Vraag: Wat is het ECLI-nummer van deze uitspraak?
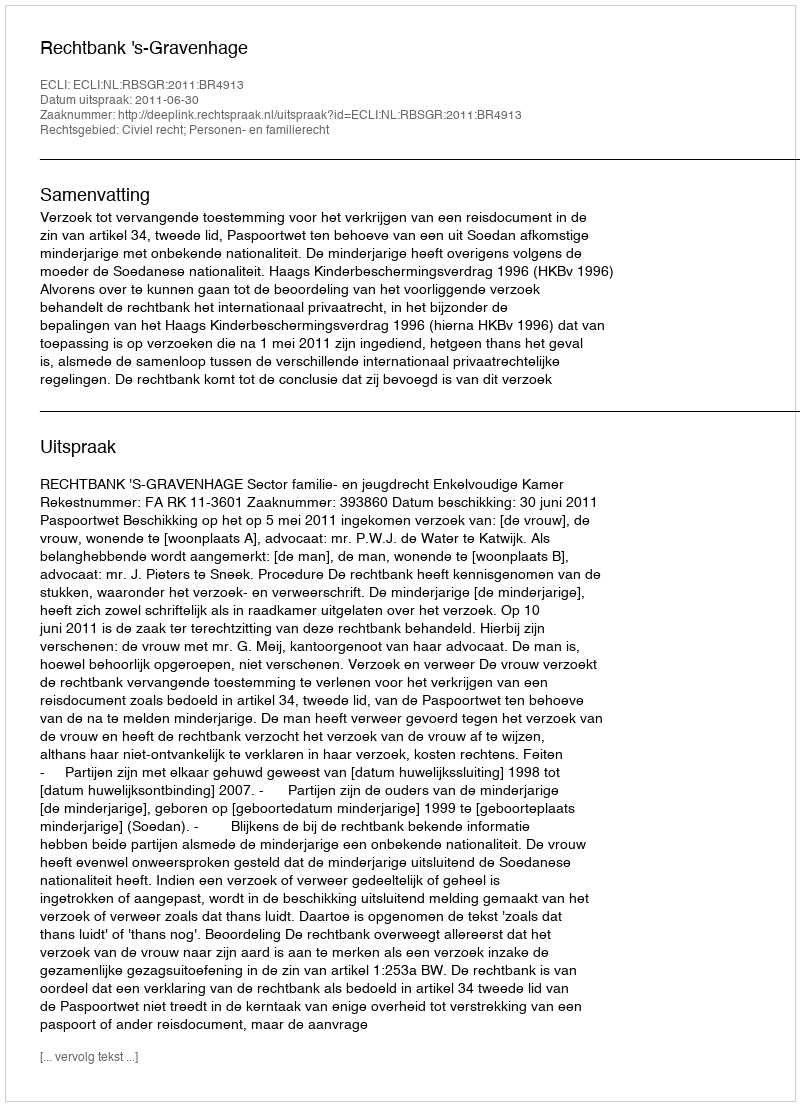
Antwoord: ECLI:NL:RBSGR:2011:BR4913